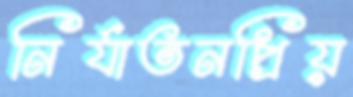
নির্যাতনপ্রিয়